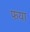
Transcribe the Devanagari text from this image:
फया